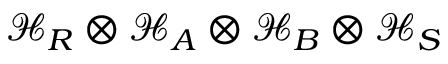
\mathcal { H } _ { R } \otimes \mathcal { H } _ { A } \otimes \mathcal { H } _ { B } \otimes \mathcal { H } _ { S }